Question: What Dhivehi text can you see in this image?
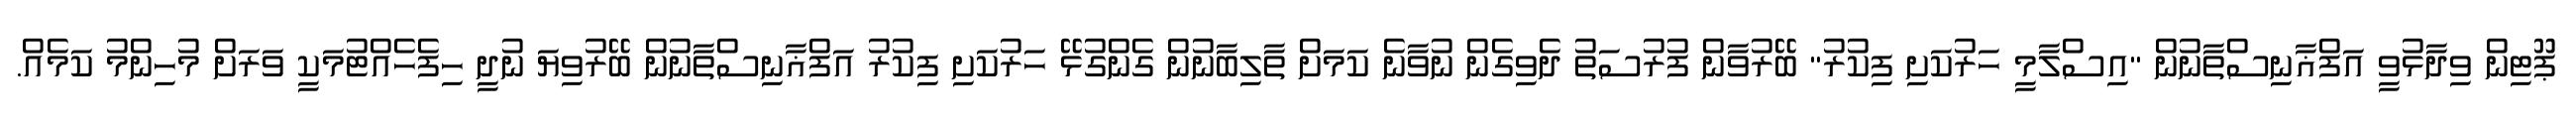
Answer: ޕޫޓިން ވިދާޅުވީ އަފްޣާނިސްތާނުން "އިސްލާމީ ހަރުކަށި ފިކުރު" ބޭރުވާން ފުރުސަތު ދެވިގެން ނުވާނެ ކަމަށް ތާލިބާނުން ގެންގުޅޭ ހަރުކަށި ފިކުރު އަފްޣާނިސްތާނުން ބޭރުވިޔަ ނުދީ ހިފެހެއްޓުމަކީ ވަރަށް މުހިންމު ކަމެއް.